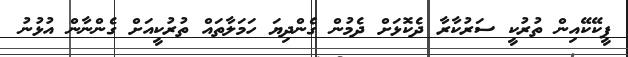
ޕީކޭކޭއިން ތުރުކީ ސަރުކާރާ ދެކޮޅަށް ދެމުން ގެންދިޔަ ހަމަލާތައް ތުރުކީއަށް ގެންނާން އުޅުނު